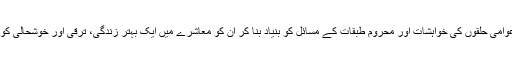
ایسا ایکٹ جو عوامی حلقوں کی خواہشات اور محروم طبقات کے مسائل کو بنیاد بنا کر ان کو معاشرے میں ایک بہتر زندگی، ترقی اور خوشحالی کو یقینی بناسکے۔